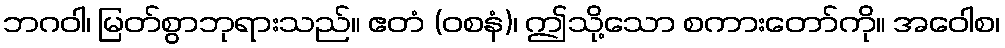
ဘဂဝါ၊ မြတ်စွာဘုရားသည်။ ဧတံ (ဝစနံ)၊ ဤသို့သော စကားတော်ကို။ အဝေါစ၊